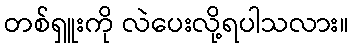
တစ်ရှူးကို လဲပေးလို့ရပါသလား။